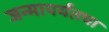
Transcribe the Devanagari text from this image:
जन्मापर्यंतचा